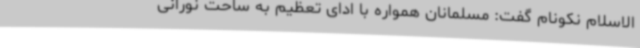
‌الاسلام‌ نکونام گفت: مسلمانان همواره با ادای تعظیم به ساحت نورانی